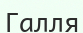
Галля